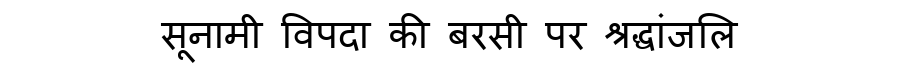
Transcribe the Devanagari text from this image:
सूनामी विपदा की बरसी पर श्रद्धांजलि